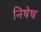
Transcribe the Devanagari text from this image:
निषेष